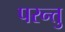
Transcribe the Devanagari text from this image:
परन्त्तु